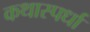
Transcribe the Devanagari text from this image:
कथास्पर्धा